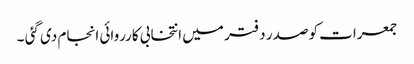
جمعرات کو صدر دفتر میں انتخابی کارروائی انجام دی گئی ۔